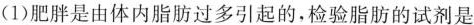
(1)肥胖是由体内脂肪过多引起的，检验脂肪的试剂是